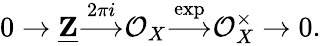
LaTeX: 0\to{\underline{{\mathbf{Z}}}}{\stackrel{2\pi i}{\longrightarrow}}{\mathcal{O}}_{X}{\stackrel{\exp}{\longrightarrow}}{\mathcal{O}}_{X}^{\times}\to 0.